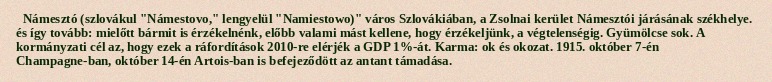
Námesztó (szlovákul "Námestovo," lengyelül "Namiestowo)" város Szlovákiában, a Zsolnai kerület Námesztói járásának székhelye. és így tovább: mielőtt bármit is érzékelnénk, előbb valami mást kellene, hogy érzékeljünk, a végtelenségig. Gyümölcse sok. A kormányzati cél az, hogy ezek a ráfordítások 2010-re elérjék a GDP 1%-át. Karma: ok és okozat. 1915. október 7-én Champagne-ban, október 14-én Artois-ban is befejeződött az antant támadása.